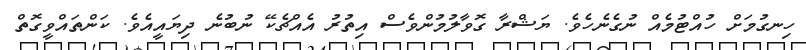
ހިނގުމަށް ހުއްޓުމެއް ނުގެނެހެވެ. ޔަޝްރާ ގޮވާލުމުންވެސް އިތުރު އެއްޗެކޭ ނުބުނެ ދިޔައީއެވެ. ކަންތައްވީގޮތް